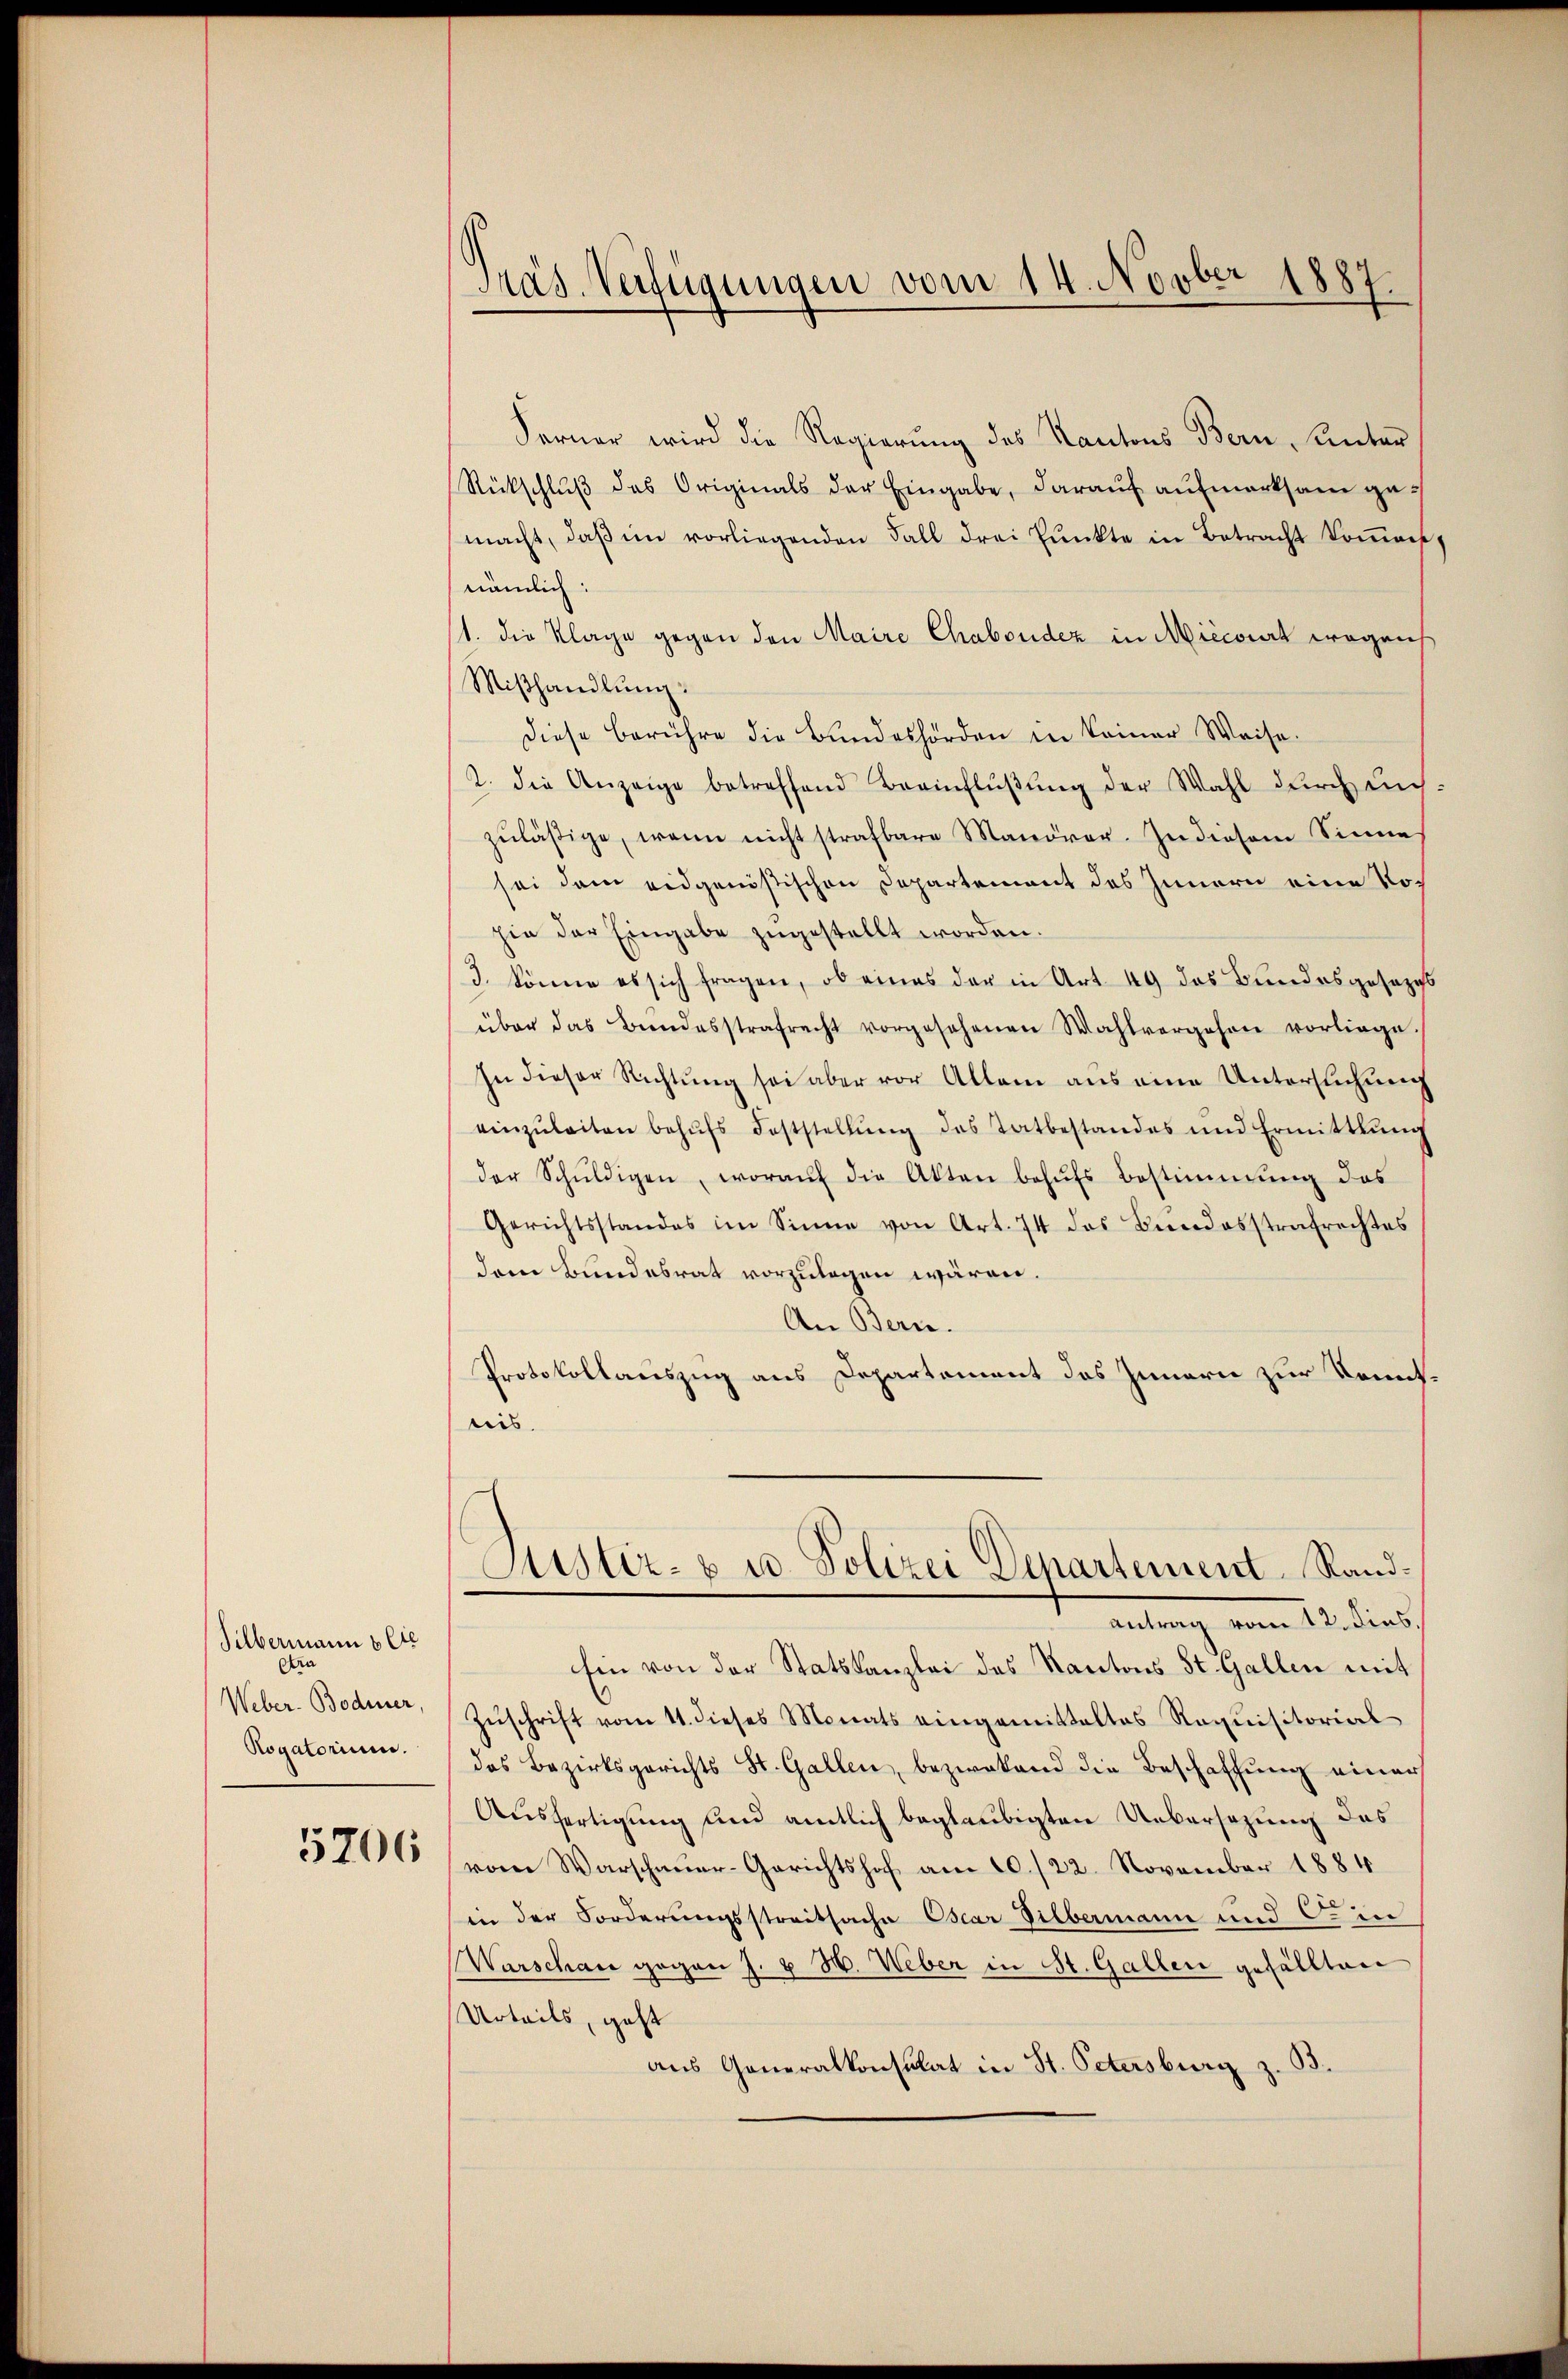
Silbermann betr
Ora
Weber. Bodmer,
Rogatorium.

5706

Präs. Verfügungen vom 14. Novber 1887.

Ferner wird die Regierung des Kantons Bern, unter
Rückschlŭβ des Originals der Eingabe, daraŭf aŭfmerksam gemacht, daβ im vorliegenden Fall drei Pŭnkte in Betracht koṁen,
nämlich:
1. die Klage gegen den Maire Chaboudez in Miecorirt wegens
Mißhandlung:
diese berühre die Bŭndeshörden in keiner Weise.
2. die Anzeige betreffend Beeinflüβŭng der Wahl durch uns.
zŭläβige, wenn nicht strafbare Manöver. In diesem Sinne
sei dem eidgenößischen Departement des Innern eine Nohin der Eingabe zugestellt worden.
/3. könne es sich fragen, ob eines der in Art. 49 das Bundesgesezes
über das Bundesstrafrecht vorgesehenen Wahlvergehen vorliege.
In dieser Richtung sei aber vor Allem aus eine Untersuchung
einzŭleiten behŭfs Feststellŭng des Tatbestandes und Ermittlung
der Schŭldigen, woraŭf die Akten behŭfs Bestimmung des
Gerichtsstandes im Sinne von Art. 74 des Bundesstrafrechtes
dem Bundesrat vorzulegen wären.
An Bern.
Protokollauszug aus Departement des Innern zur Kennt.
nis.
Justiz- u u. Polizei Departement Rand¬
—
antrag vom 12. dies.
Ein von der Statskanzlei des Kantons St. Gallen mit
Zŭschrift vom 11. dieses Monats eingemittaltes Requisitorial
das Bezirksgerichts St. Gallen, bezwekend die Beschaffung einer
Ausfertigung und amtlich beglaubigten Uebersezung des
vom Warschauer-Gerichtshof am 20./22. November 1884
in der Forderungsstreitsache Oscar Silbermann und C. in
Warschare gegen J. u 3. Weber in St. Gallen gefällten
Urteils, geht
aus Generalkonsulat in St. Petersburg z. 33